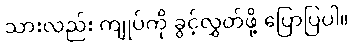
သားလည်း ကျုပ်ကို ခွင့်လွှတ်ဖို့ ပြောပြပါ။